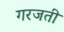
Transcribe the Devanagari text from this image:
गरजती